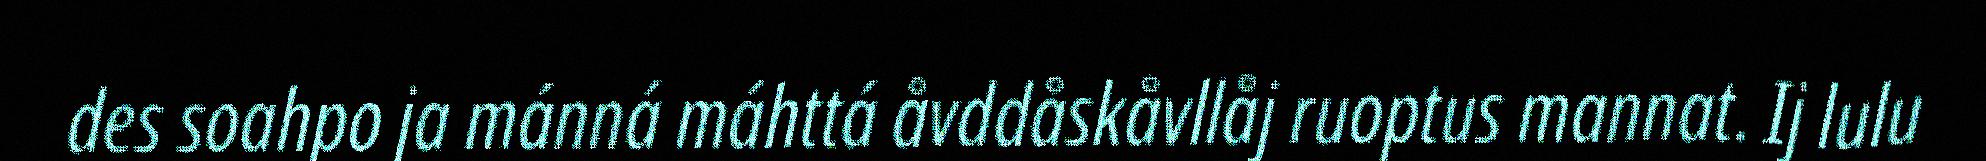
des soahpo ja mánná máhttá åvddåskåvllåj ruoptus mannat. Ij lulu